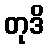
တုဒိ